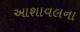
આશાવલના